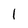
Character: 1